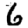
Digit: 6